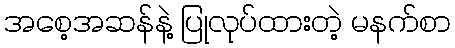
အစေ့အဆန်နဲ့ ပြုလုပ်ထားတဲ့ မနက်စာ